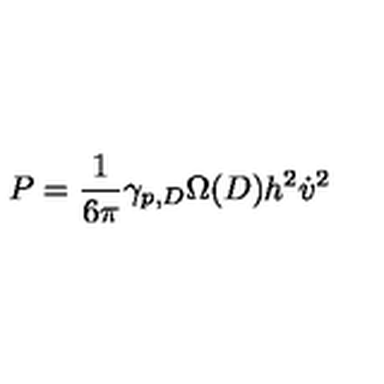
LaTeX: P = \frac { 1 } { 6 \pi } \gamma _ { p , D } \Omega ( D ) h ^ { 2 } \dot { v } ^ { 2 }